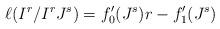
LaTeX: \begin{align*} \ell( I^r/ I^r J^s) = f_{0}'(J^s) r - f_{1}'(J^s)\end{align*}